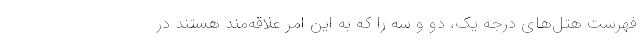
فهرست هتل‌های درجه یک، دو و سه را که به این امر علاقه‌مند هستند در